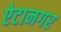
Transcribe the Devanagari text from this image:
ऐटानगर